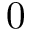
0